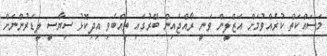
މަސައްކަތް ކުރެއްވުމަށް އަޒްލީން ވަނީ ރާއްޖެއިން ބޭރުގައި ތިއްބެވި އިދިކޮޅު ސިޔާސީ ލީޑަރުންނަށް